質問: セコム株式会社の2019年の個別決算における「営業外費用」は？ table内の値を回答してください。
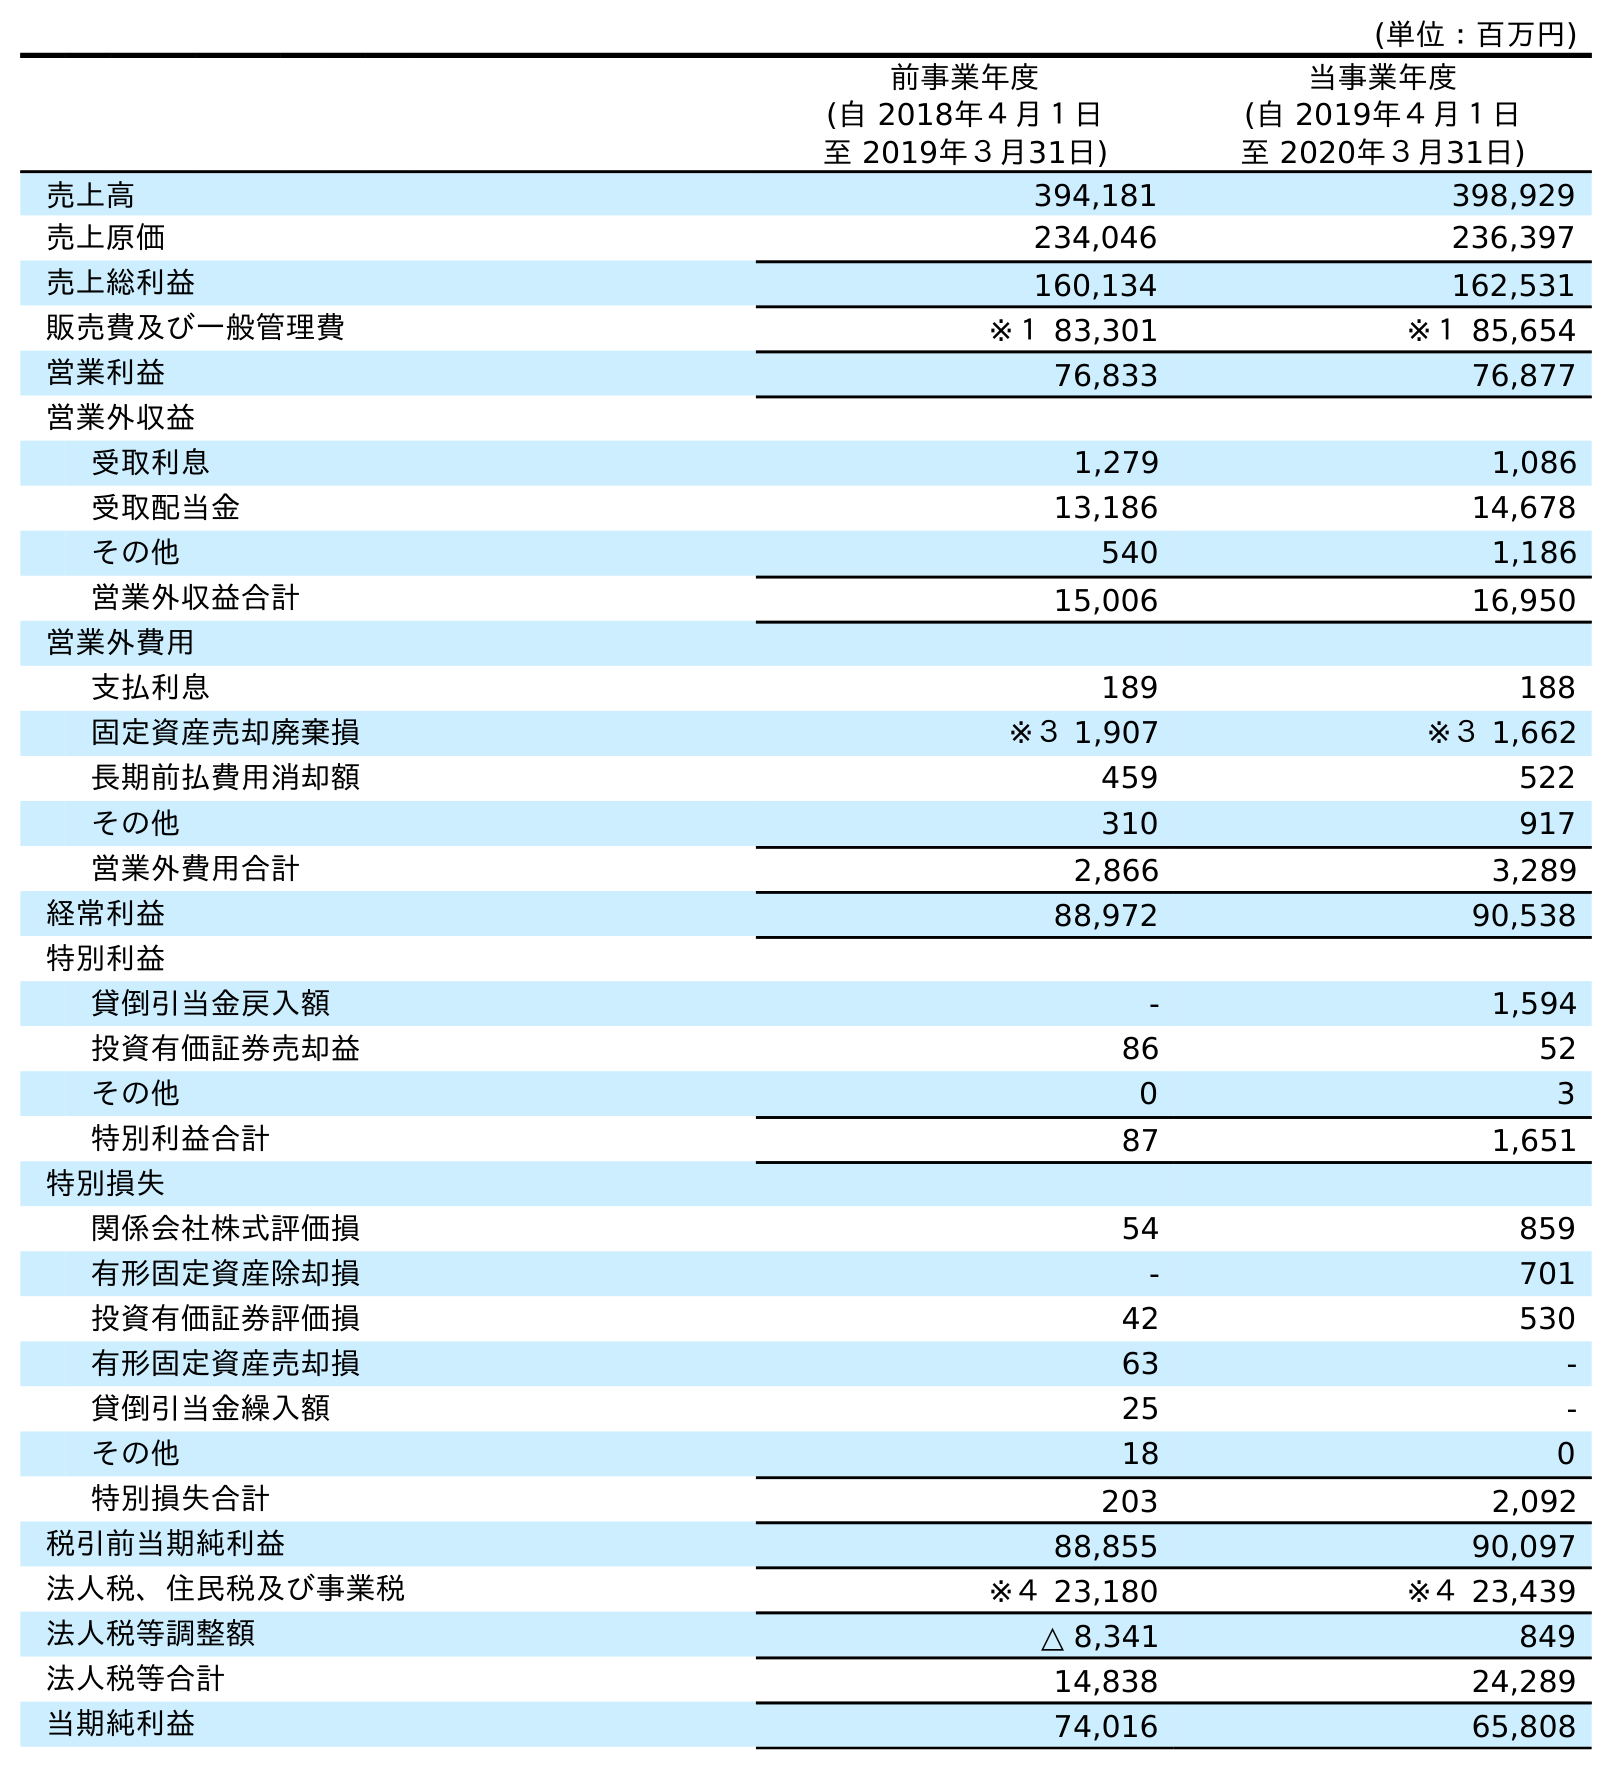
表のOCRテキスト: (単位：百万円) 前事業年度 (自 2018年４月１日 至 2019年３月31日) 当事業年度 (自 2019年４月１日 至 2020年３月31日) 売上高 394,181 398,929 売上原価 234,046 236,397 売上総利益 160,134 162,531 販売費及び一般管理費 ※１ 83,301 ※１ 85,654 営業利益 76,833 76,877 営業外収益 受取利息 1,279 1,086 受取配当金 13,186 14,678 その他 540 1,186 営業外収益合計 15,006 16,950 営業外費用 支払利息 189 188 固定資産売却廃棄損 ※３ 1,907 ※３ 1,662 長期前払費用消却額 459 522 その他 310 917 営業外費用合計 2,866 3,289 経常利益 88,972 90,538 特別利益 貸倒引当金戻入額 - 1,594 投資有価証券売却益 86 52 その他 0 3 特別利益合計 87 1,651 特別損失 関係会社株式評価損 54 859 有形固定資産除却損 - 701 投資有価証券評価損 42 530 有形固定資産売却損 63 - 貸倒引当金繰入額 25 - その他 18 0 特別損失合計 203 2,092 税引前当期純利益 88,855 90,097 法人税、住民税及び事業税 ※４ 23,180 ※４ 23,439 法人税等調整額 △ 8,341 849 法人税等合計 14,838 24,289 当期純利益 74,016 65,808
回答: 2,866